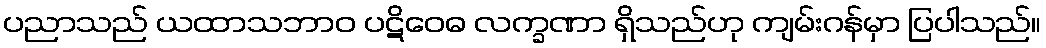
ပညာသည် ယထာသဘာဝ ပဋိဝေဓ လက္ခဏာ ရှိသည်ဟု ကျမ်းဂန်မှာ ပြပါသည်။